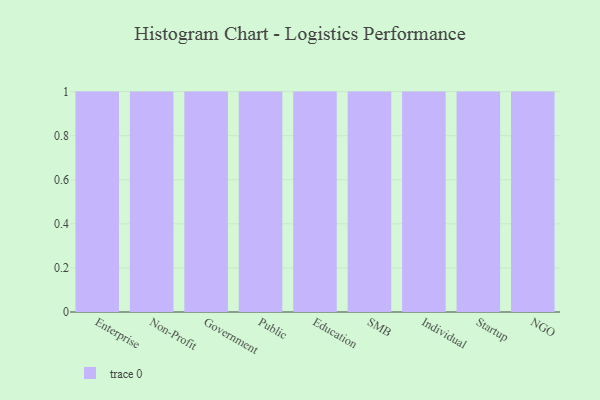
{"axis": {"x": "Segment", "y": "Conversion Rate (%)"}, "legend": [""], "data": [{"x": "Enterprise", "y": 25, "type": ""}, {"x": "Non-Profit", "y": 100, "type": ""}, {"x": "Government", "y": 45, "type": ""}, {"x": "Public", "y": 87, "type": ""}, {"x": "Education", "y": 28, "type": ""}, {"x": "SMB", "y": 7, "type": ""}, {"x": "Individual", "y": 32, "type": ""}, {"x": "Startup", "y": 80, "type": ""}, {"x": "NGO", "y": 76, "type": ""}]}